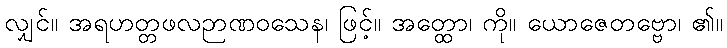
လျှင်။ အရဟတ္တဖလဉာဏဝသေန၊ ဖြင့်။ အတ္ထော၊ ကို။ ယောဇေတဗ္ဗော၊ ၏။